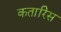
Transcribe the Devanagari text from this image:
कतारिस